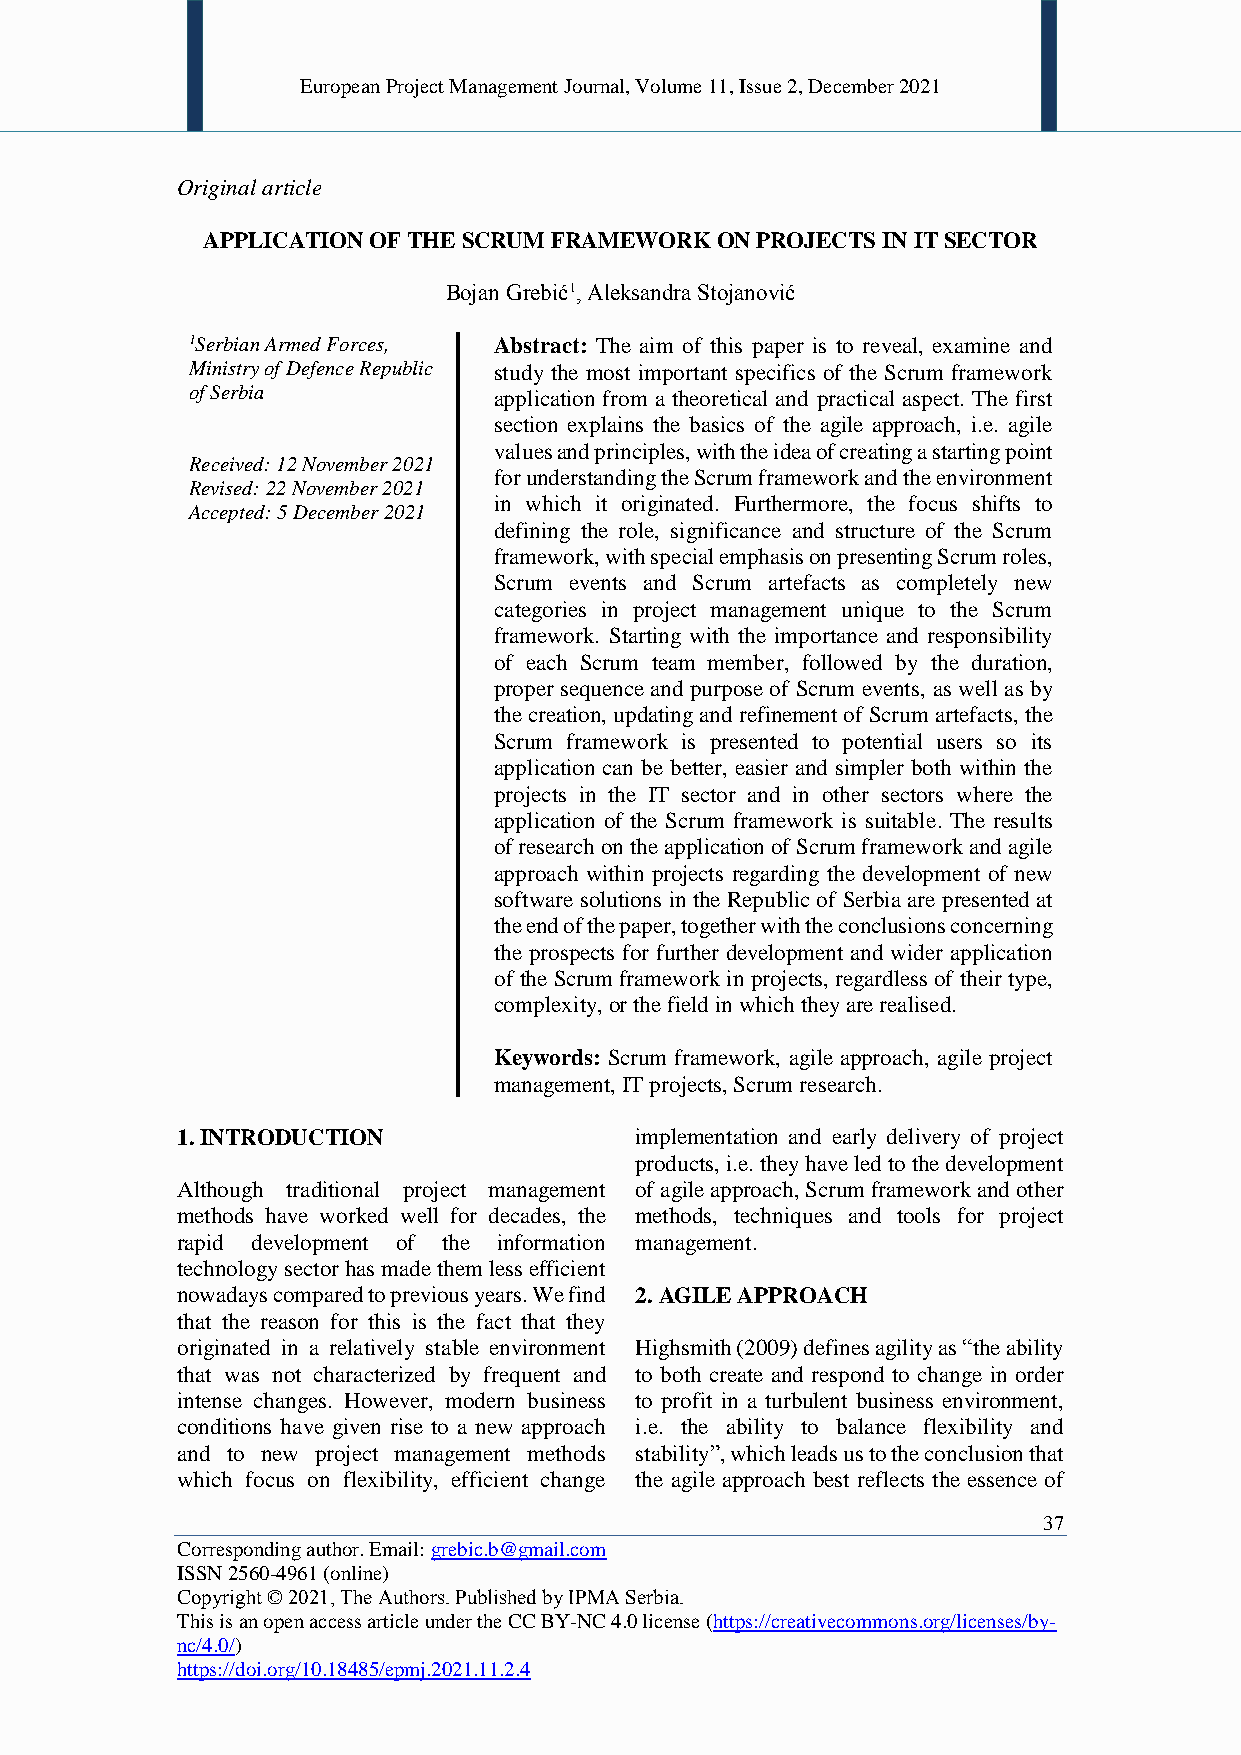
European Project Management Journal, Volume 11, Issue 2, December 2021
 Original article
 APPLICATION OF THE SCRUM FRAMEWORK ON PROJECTS IN IT SECTOR
 Bojan Grebić1, Aleksandra Stojanović
 1Serbian Armed Forces, Abstract: The aim of this paper is to reveal, examine and
 Ministry of Defence Republic study the most important specifics of the Scrum framework
 of Serbia            application from a theoretical and practical aspect. The first
 section explains the basics of the agile approach, i.e. agile
 values and principles, with the idea of creating a starting point
 Received: 12 November 2021
 for understanding the Scrum framework and the environment
 Revised: 22 November 2021
 in which it originated. Furthermore, the focus shifts to
 Accepted: 5 December 2021
 defining the role, significance and structure of the Scrum
 framework, with special emphasis on presenting Scrum roles,
 Scrum events and Scrum artefacts as completely new
 categories in project management unique to the Scrum
 framework. Starting with the importance and responsibility
 of each Scrum team member, followed by the duration,
 proper sequence and purpose of Scrum events, as well as by
 the creation, updating and refinement of Scrum artefacts, the
 Scrum framework is presented to potential users so its
 application can be better, easier and simpler both within the
 projects in the IT sector and in other sectors where the
 application of the Scrum framework is suitable. The results
 of research on the application of Scrum framework and agile
 approach within projects regarding the development of new
 software solutions in the Republic of Serbia are presented at
 the end of the paper, together with the conclusions concerning
 the prospects for further development and wider application
 of the Scrum framework in projects, regardless of their type,
 complexity, or the field in which they are realised.
 Keywords: Scrum framework, agile approach, agile project
 management, IT projects, Scrum research.
 1. INTRODUCTION               implementation and early delivery of project
 products, i.e. they have led to the development
 Although traditional project management of agile approach, Scrum framework and other
 methods have worked well for decades, the methods, techniques and tools for project
 rapid development of the information management.
 technology sector has made them less efficient
 nowadays compared to previous years. We find 2. AGILE APPROACH
 that the reason for this is the fact that they
 originated in a relatively stable environment Highsmith (2009) defines agility as “the ability
 that was not characterized by frequent and to both create and respond to change in order
 intense changes. However, modern business to profit in a turbulent business environment,
 conditions have given rise to a new approach i.e. the ability to balance flexibility and
 and to new project management methods stability”, which leads us to the conclusion that
 which focus on flexibility, efficient change the agile approach best reflects the essence of
 37
 Corresponding author. Email: grebic.b@gmail.com
 ISSN 2560-4961 (online)
 Copyright © 2021, The Authors. Published by IPMA Serbia.
 This is an open access article under the CC BY-NC 4.0 license (https://creativecommons.org/licenses/by-
 nc/4.0/)
 https://doi.org/10.18485/epmj.2021.11.2.4